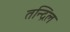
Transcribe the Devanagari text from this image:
तन्द्रिल